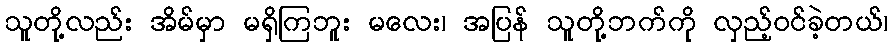
သူတို့လည်း အိမ်မှာ မရှိကြဘူး မလေး၊ အပြန် သူတို့ဘက်ကို လှည့်ဝင်ခဲ့တယ်၊